NAE_EAA_T-354_Tartu_Tamme_Gumnaasium, lk 93
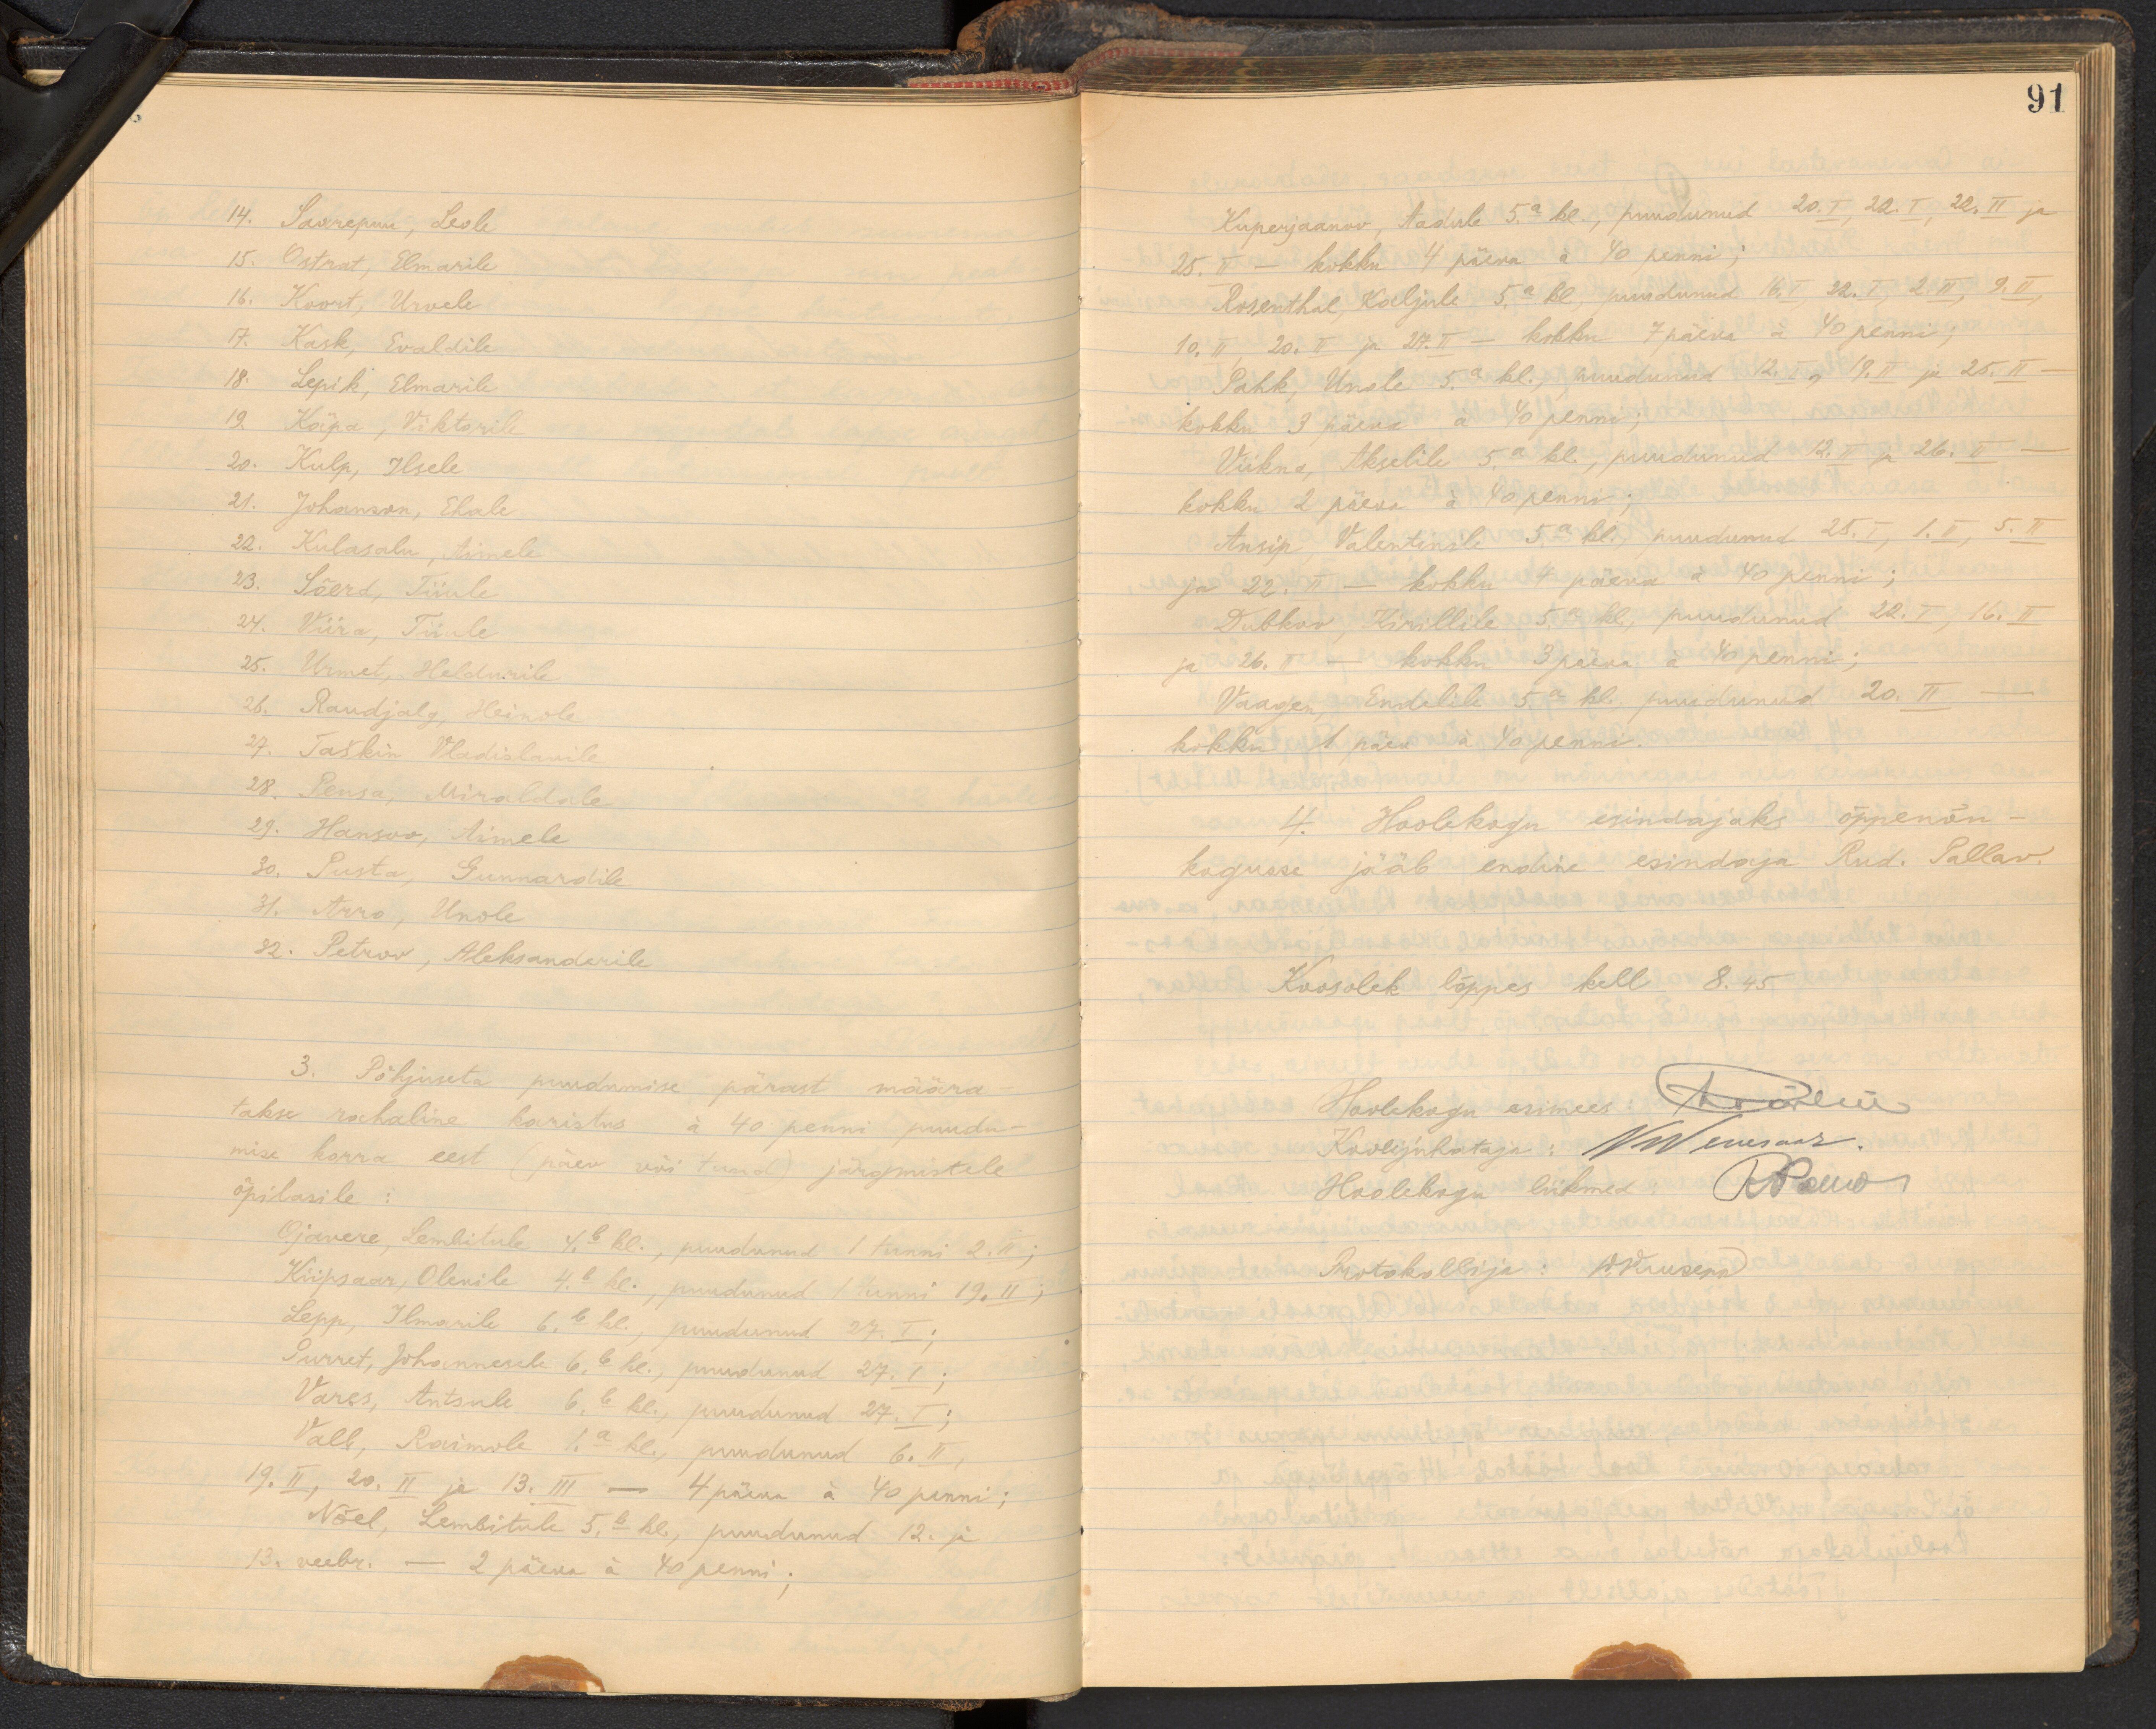
14. Saarepuu, Leole
15. Ostrat, Elmarile
16. Koort, Urvele
17. Kask, Evaldile
18. Lepik, Elmarile
19. Käpa, Viktorile
20. Kulp, Ilsele
21. Johanson, Ehale
22. Kulasalu Aimele.
23. Sõerd, Tiiule
24. Viira, Tiiule
25. Urmet, Heldurile
26. Raudjalg Heinole
27. Taškin Vladislawile.
28. Pensa, Miraldale
29. Hansoo, Aimele.
30. Pusta, Gunnardile.
31. Arro, Unole
32. Petrov, Aleksanderile
3. Põhjuseta puudumise pärast määra-
takse rahaline karistus á 40 penni puudu-
mise korra eest (päev või tund) järgmistele
õpilasile:
Ojavere, Lembitule 4.b kl., puudunud 1 tunni 2. II;
Kiipsaar, Olevile 4.b kl. puudunud 1 tunni 19. II;
Lepp, Ilmarile 6.b kl., puudunud 27. I;
Purret, Johannesele 6.b kl., puudunud 27. I.;
Vares, Antsule 6.b kl., puudunud 27.I;
Vall, Raimole 1.a. kl., puudunud 6. II,
19. II, 20. II ja 13.III - 4 päeva á 40 penni;
Nõel, Lembitule 5.b kl, puudunud 12. ja
13. veebr. - 2 päeva á 40 penni

91
Kuperjaanov, Aadule 5.a. kl., puudunud 20.I, 22. I, 22. II ja
25. II - kokku 4 päeva à 40 penni;
Rosenthal Kaljule 5.a.kl, puudunud 16.I , 22.I, 2.II, 9.II,
10. II, 20. II ja 27. II - kokku 7 päeva á 40 penni;
Pahk, Unole 5.a. kl., puudunud 12.I, 19.II ja 25.II-
kokku 3 päeva á 40 penni;
Viikna, Akselile 5.a kl., puudunud 12.II ja 26. II-
kokku 2 päeva á 40 penni;
Ansip Valentinile 5.a.kl, puudunud 25.I, 1.II, 5.II
ja 22. II - kokku 4 päeva à 40 penni ;
Dubkov, Kirillile 5.a kl, puudunud 22.I, 16.II
ja 26. II - kokku 3 päeva á 40 penni;
Vaagen, Endelile 5a. kl. puudunud 20. II
kokku 1 päev á 40 penni.
4. Hoolekogu esindajaks õppenõu-
kogusse jääb endine esindaja Rud. Pallav.
Koosolek lõppes kell 8.45
Hoolekogu esimees: Arrärlen
Koolijuhataja: VVenesaar.
Hoolekogu liikmed: RNawi
Protokollija: W. Kruseva